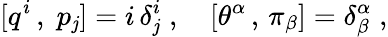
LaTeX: [q^{i}\, ,\; p_{\mathit{j}}]=i\, \delta_{\mathit{j}}^{i}\; ,\quad[\theta^{\alpha}\, ,\, \pi_{\beta}]=\delta_{\beta}^{\alpha}\; ,